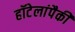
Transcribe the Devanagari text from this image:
हॉटेलांपैकी